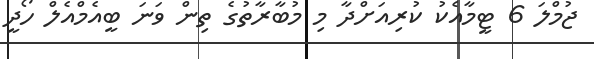
ޖުމްލަ 6 ޓީމާއެކު ކުރިއަށްދާ މި މުބާރާތުގެ ތިން ވަނަ ބީއެމްއެލް ހޯދީ